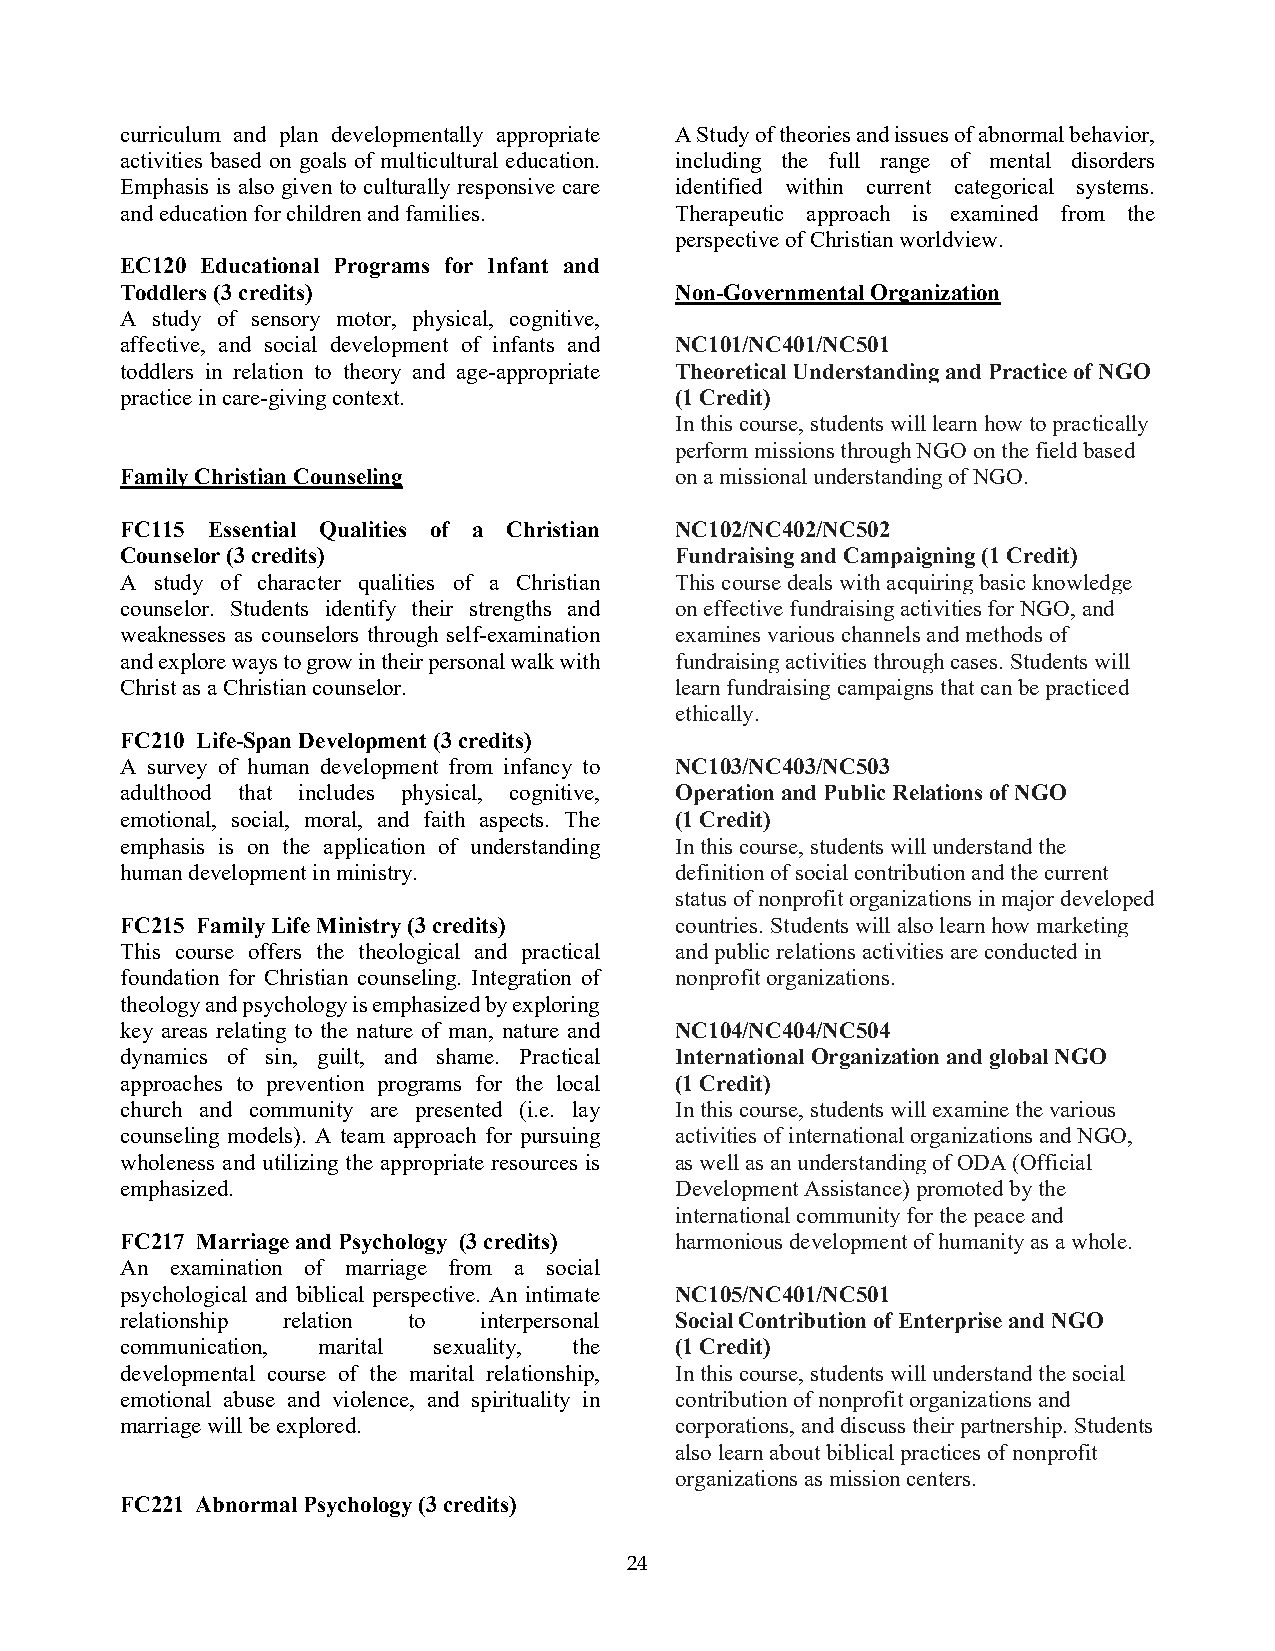
curriculum and plan developmentally appropriate A Study of theories and issues of abnormal behavior,
 activities based on goals of multicultural education. including the full range of mental disorders
 Emphasis is also given to culturally responsive care identified within current categorical systems.
 and education for children and families. Therapeutic approach is examined from the
 perspective of Christian worldview.
 EC120 Educational Programs for Infant and
 Toddlers (3 credits)                 Non-Governmental Organization
 A study of sensory motor, physical, cognitive,
 affective, and social development of infants and NC101/NC401/NC501
 toddlers in relation to theory and age-appropriate Theoretical Understanding and Practice of NGO
 practice in care-giving context.     (1 Credit)
 In this course, students will learn how to practically
 perform missions through NGO on the field based
 Family Christian Counseling          on a missional understanding of NGO.
 FC115 Essential Qualities of a Christian NC102/NC402/NC502
 Counselor (3 credits)                Fundraising and Campaigning (1 Credit)
 A study of character qualities of a Christian This course deals with acquiring basic knowledge
 counselor. Students identify their strengths and on effective fundraising activities for NGO, and
 weaknesses as counselors through self-examination examines various channels and methods of
 and explore ways to grow in their personal walk with fundraising activities through cases. Students will
 Christ as a Christian counselor.     learn fundraising campaigns that can be practiced
 ethically.
 FC210 Life-Span Development (3 credits)
 A survey of human development from infancy to NC103/NC403/NC503
 adulthood that includes physical, cognitive, Operation and Public Relations of NGO
 emotional, social, moral, and faith aspects. The (1 Credit)
 emphasis is on the application of understanding In this course, students will understand the
 human development in ministry.       definition of social contribution and the current
 status of nonprofit organizations in major developed
 FC215 Family Life Ministry (3 credits) countries. Students will also learn how marketing
 This course offers the theological and practical and public relations activities are conducted in
 foundation for Christian counseling. Integration of nonprofit organizations.
 theology and psychology is emphasized by exploring
 key areas relating to the nature of man, nature and NC104/NC404/NC504
 dynamics of sin, guilt, and shame. Practical International Organization and global NGO
 approaches to prevention programs for the local (1 Credit)
 church and community are presented (i.e. lay In this course, students will examine the various
 counseling models). A team approach for pursuing activities of international organizations and NGO,
 wholeness and utilizing the appropriate resources is as well as an understanding of ODA (Official
 emphasized.                          Development Assistance) promoted by the
 international community for the peace and
 FC217 Marriage and Psychology (3 credits) harmonious development of humanity as a whole.
 An examination of marriage from a social
 psychological and biblical perspective. An intimate NC105/NC401/NC501
 relationship relation to interpersonal Social Contribution of Enterprise and NGO
 communication, marital sexuality, the (1 Credit)
 developmental course of the marital relationship, In this course, students will understand the social
 emotional abuse and violence, and spirituality in contribution of nonprofit organizations and
 marriage will be explored.           corporations, and discuss their partnership. Students
 also learn about biblical practices of nonprofit
 organizations as mission centers.
 FC221 Abnormal Psychology (3 credits)
 24